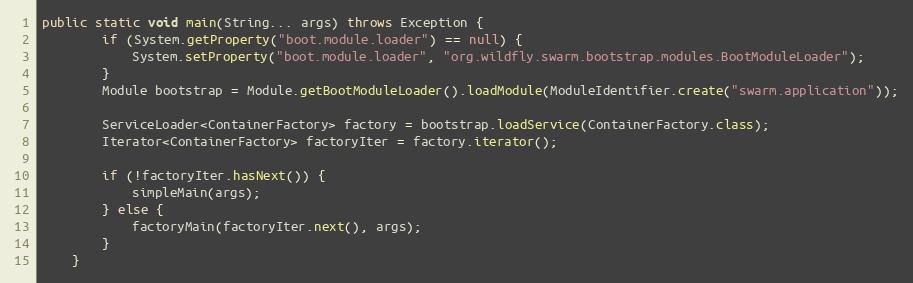
Language: Java
public static void main(String... args) throws Exception {
        if (System.getProperty("boot.module.loader") == null) {
            System.setProperty("boot.module.loader", "org.wildfly.swarm.bootstrap.modules.BootModuleLoader");
        }
        Module bootstrap = Module.getBootModuleLoader().loadModule(ModuleIdentifier.create("swarm.application"));

        ServiceLoader<ContainerFactory> factory = bootstrap.loadService(ContainerFactory.class);
        Iterator<ContainerFactory> factoryIter = factory.iterator();

        if (!factoryIter.hasNext()) {
            simpleMain(args);
        } else {
            factoryMain(factoryIter.next(), args);
        }
    }